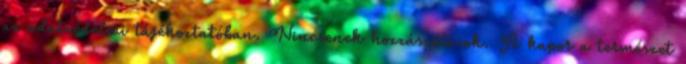
az adatvédelmi tájékoztatóban. Nincsenek hozzászólások. A kapor a természet